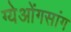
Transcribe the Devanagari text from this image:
ग्येओंगसांग